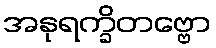
အနုရက္ခိတဗ္ဗော